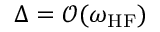
\Delta = \mathcal { O } ( \omega _ { \mathrm { H F } } )